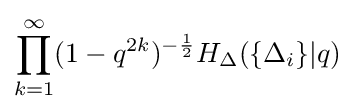
\prod _{k=1}^{\infty }(1-q^{2k})^{-{\frac {1}{2}}}H_{\Delta }(\{\Delta _{i}\}|q)